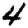
Digit: 4